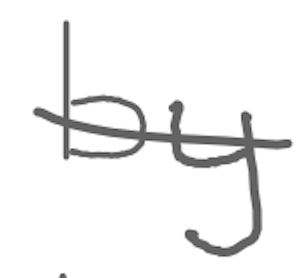
Text: by
Cross-out: single-line
Writing tool: digital_gray